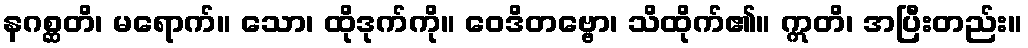
နဂစ္ဆတိ၊ မရောက်။ သော၊ ထိုဒုက်ကို။ ဝေဒိတဗ္ဗော၊ သိထိုက်၏။ ဣတိ၊ အပြီးတည်း။